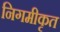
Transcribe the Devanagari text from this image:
निगमीकृत